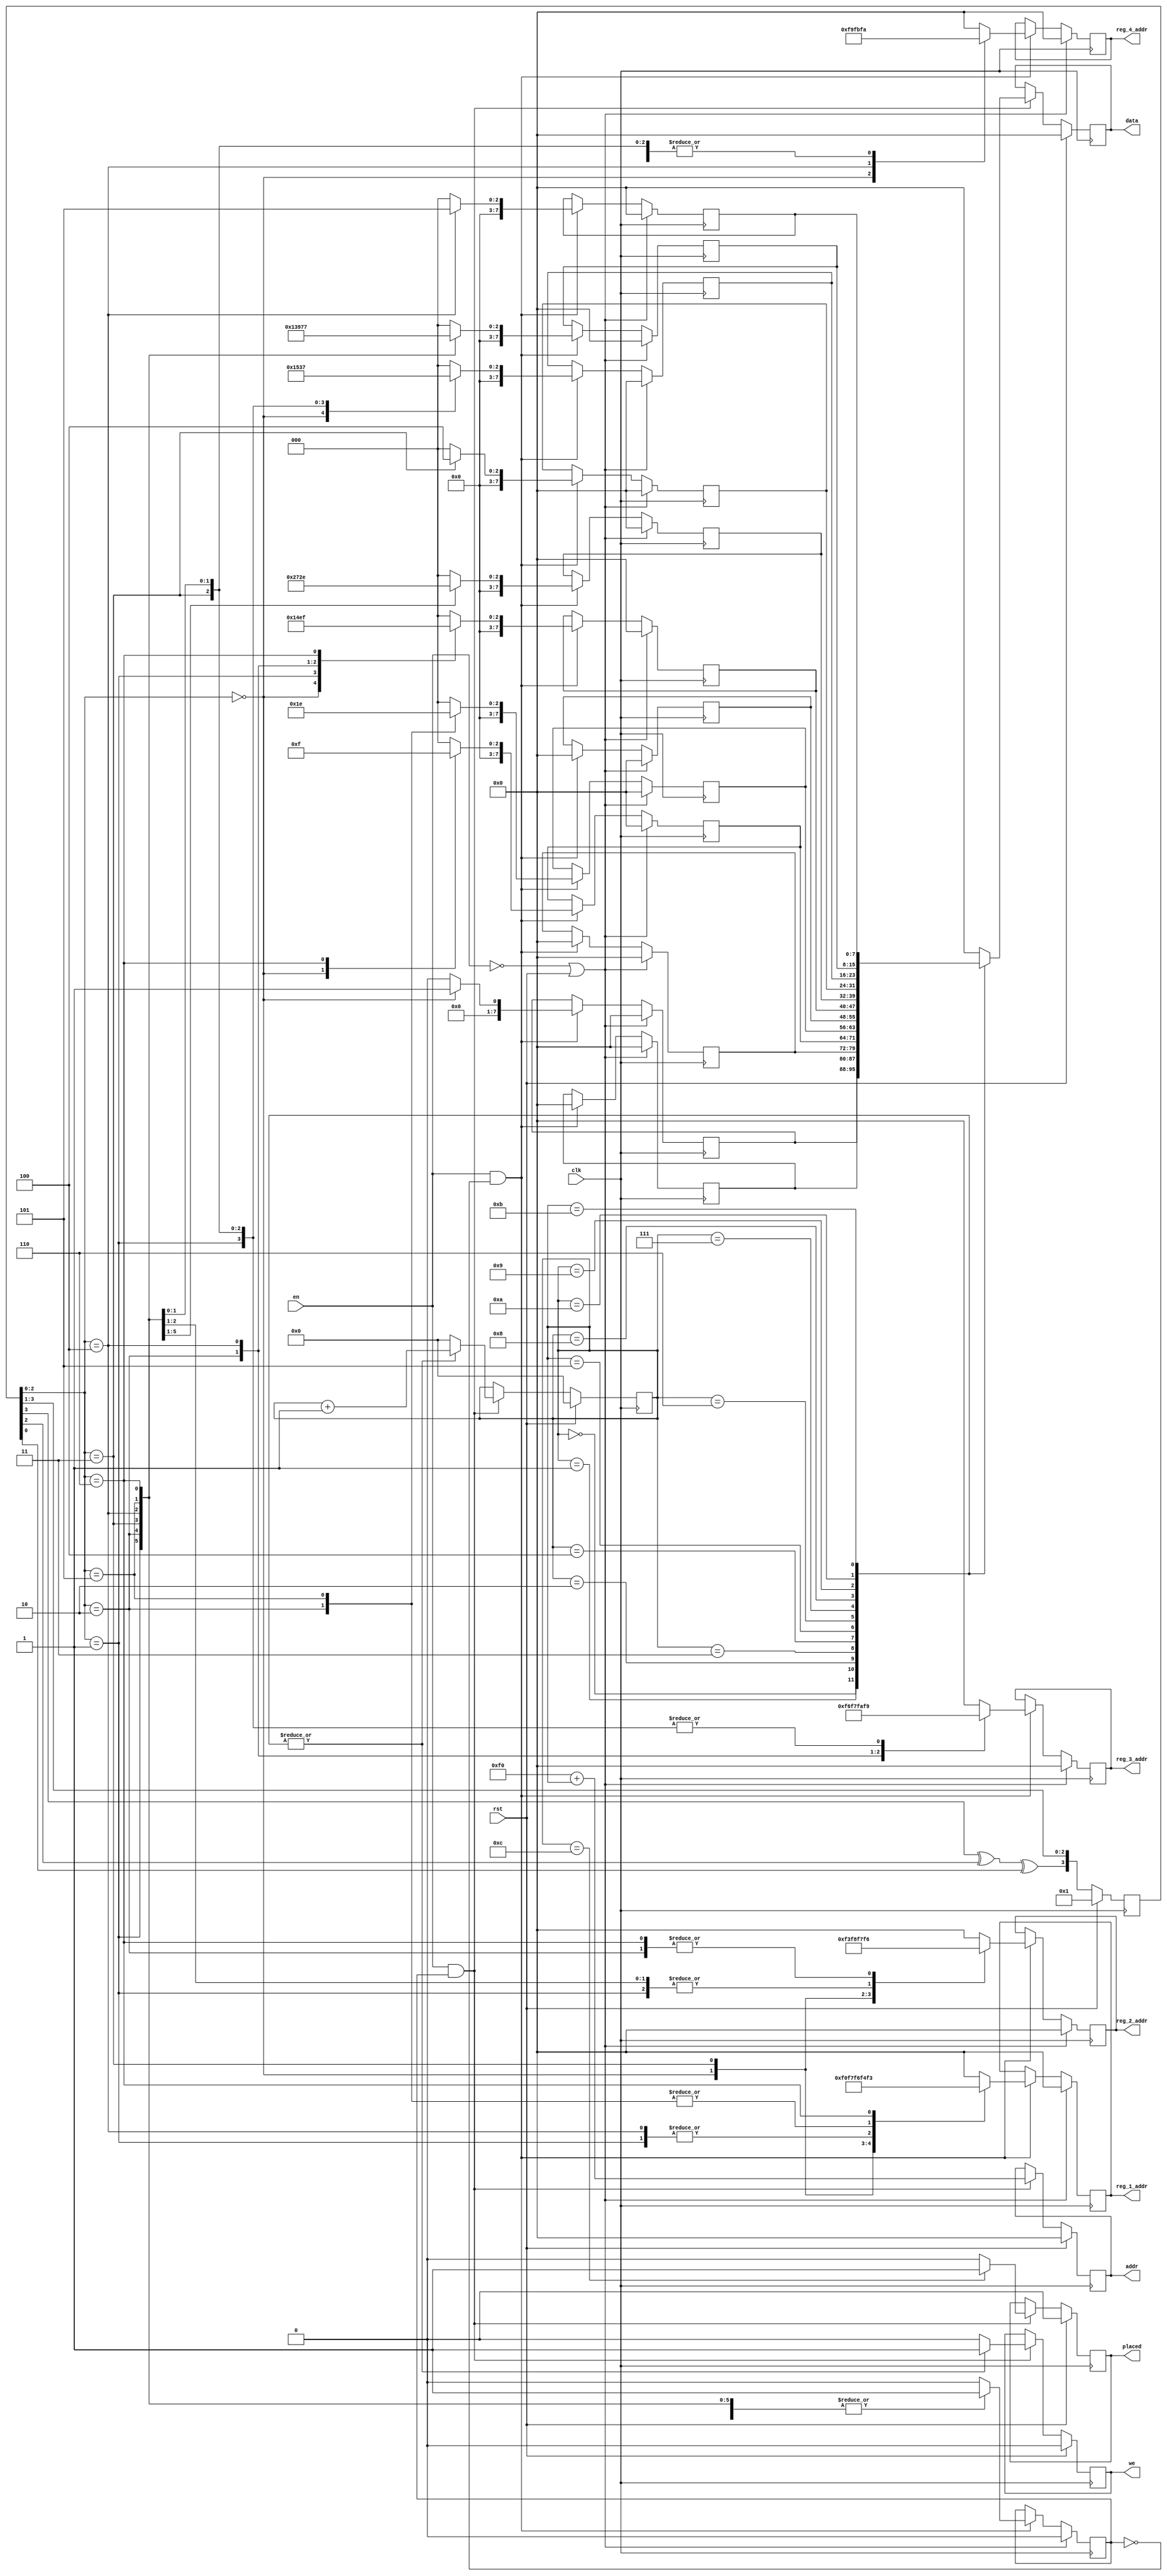
module Piece_Placer(
    input en,
    input clk,
    input rst,
    output reg placed,
    output reg we,
    output reg [7:0] addr,
    output reg [7:0] data,
    output reg [7:0] reg_1_addr,
    output reg [7:0] reg_2_addr,
    output reg [7:0] reg_3_addr,
    output reg [7:0] reg_4_addr
);

parameter NEXT_PIECE_BASE_ADDR = 8'd240;
parameter [2:0] I = 3'd0, O = 3'd1, T = 3'd2, S = 3'd3, Z = 3'd4, J = 3'd5, L = 3'd6;

reg [7:0] block[11:0];
reg [3:0] lfsr;
reg [3:0] box_number;
reg piece_gen;

wire lf;

integer i;

//LFSR Polynomial
assign lf = (lfsr[3] ^ lfsr[2] ^ lfsr[0]);

//LFSR, generates random number once module is disabled
//We never reset this reg to make piece generation appear
//more random (it will always be power on state or last piece
//state (potentially from previous game)
always @(posedge clk)
begin
	if (rst == 1'b1)
	begin
		lfsr <= 4'd1;
	end
	else
	begin
		lfsr <= {lf, lfsr[3], lfsr[2], lfsr[1]};
	end
end

//Write random block into local memory and indicate
//the corresponding grid memory addresses it will
//be found in once the piece is "placed"
always @(posedge clk)
begin
		if (~en || rst)
		begin
    	for (i = 0; i < 12; i = i + 1)
      begin
      	block[i] <= 4'b0;
      end
    		
			reg_1_addr <= 8'b0;
			reg_2_addr <= 8'b0;
			reg_3_addr <= 8'b0;
			reg_4_addr <= 8'b0;
			piece_gen <= 1'b0;
		end
		else if (en && ~piece_gen)
		begin
			case (lfsr[2:0])
   	 	    I:
   	 	    begin
   	 	       block[0]  <= I + 1; 
   	 	       block[1]	 <= 8'b0;
   	 	       block[2]	 <= 8'b0;
   	 	       block[3]  <= I + 1; 
   	 	       block[4]	 <= 8'b0;
   	 	       block[5]	 <= 8'b0;
   	 	       block[6]  <= I + 1; 
   	 	       block[7]	 <= 8'b0;
   	 	       block[8]	 <= 8'b0;
   	 	       block[9]  <= I + 1; 
   	 	       block[10]	 <= 8'b0;
   	 	       block[11]	 <= 8'b0;
   	 	       reg_1_addr <= NEXT_PIECE_BASE_ADDR + 0;
   	 	       reg_2_addr <= NEXT_PIECE_BASE_ADDR + 3;
   	 	       reg_3_addr <= NEXT_PIECE_BASE_ADDR + 6;
   	 	       reg_4_addr <= NEXT_PIECE_BASE_ADDR + 9;
   	 	       piece_gen <= 1'b1;
   	 	    end
   	 	    O:
   	 	    begin
   	 	       block[0]	 <= 8'b0;
   	 	       block[1]	 <= 8'b0;
   	 	       block[2]	 <= 8'b0;
   	 	       block[3]	 <= 8'b0;
   	 	       block[4]	 <= 8'b0;
   	 	       block[5]	 <= 8'b0;
   	 	       block[6]  <= O + 1; 
   	 	       block[7]  <= O + 1; 
   	 	       block[8]	 <= 8'b0;
   	 	       block[9]  <= O + 1; 
   	 	       block[10] <= O + 1; 
   	 	       block[11]	 <= 8'b0;
   	 	       reg_1_addr <= NEXT_PIECE_BASE_ADDR + 6;
   	 	       reg_2_addr <= NEXT_PIECE_BASE_ADDR + 7;
   	 	       reg_3_addr <= NEXT_PIECE_BASE_ADDR + 9;
   	 	       reg_4_addr <= NEXT_PIECE_BASE_ADDR + 10;
   	 	       piece_gen <= 1'b1;
   	 	    end
   	 	    T:
   	 	    begin
   	 	       block[0]	 <= 8'b0;
   	 	       block[1]	 <= 8'b0;
   	 	       block[2]	 <= 8'b0;
   	 	       block[3]	 <= 8'b0;
   	 	       block[4]  <= T + 1; 
   	 	       block[5]	 <= 8'b0;
   	 	       block[6]  <= T + 1; 
   	 	       block[7]  <= T + 1; 
   	 	       block[8]	 <= 8'b0;
   	 	       block[9]	 <= 8'b0;
   	 	       block[10] <= T + 1; 
   	 	       block[11] <= 8'b0;
   	 	       reg_1_addr <= NEXT_PIECE_BASE_ADDR + 4;
   	 	       reg_2_addr <= NEXT_PIECE_BASE_ADDR + 6;
   	 	       reg_3_addr <= NEXT_PIECE_BASE_ADDR + 7;
   	 	       reg_4_addr <= NEXT_PIECE_BASE_ADDR + 10;
   	 	       piece_gen <= 1'b1;
   	 	    end
   	 	    S:
   	 	    begin
   	 	       block[0]	 <= 8'b0;
   	 	       block[1]	 <= 8'b0;
   	 	       block[2]	 <= 8'b0;
   	 	       block[3]	 <= 8'b0;
   	 	       block[4]	 <= 8'b0;
   	 	       block[5]	 <= 8'b0;
   	 	       block[6]	 <= 8'b0;
   	 	       block[7]  <= S + 1; 
   	 	       block[8]  <= S + 1; 
   	 	       block[9]  <= S + 1; 
   	 	       block[10] <= S + 1; 
   	 	       block[11]	 <= 8'b0;
   	 	       reg_1_addr <= NEXT_PIECE_BASE_ADDR + 7;
   	 	       reg_2_addr <= NEXT_PIECE_BASE_ADDR + 8;
   	 	       reg_3_addr <= NEXT_PIECE_BASE_ADDR + 9;
   	 	       reg_4_addr <= NEXT_PIECE_BASE_ADDR + 10;
   	 	       piece_gen <= 1'b1;
   	 	    end
   	 	    Z:
   	 	    begin
   	 	       block[0]	 <= 8'b0;
   	 	       block[1]	 <= 8'b0;
   	 	       block[2]	 <= 8'b0;
   	 	       block[3]	 <= 8'b0;
   	 	       block[4]	 <= 8'b0;
   	 	       block[5]	 <= 8'b0;
   	 	       block[6]  <= Z + 1; 
   	 	       block[7]  <= Z + 1; 
   	 	       block[8]	 <= 8'b0;
   	 	       block[9]	 <= 8'b0;
   	 	       block[10] <= Z + 1; 
   	 	       block[11] <= Z + 1; 
   	 	       reg_1_addr <= NEXT_PIECE_BASE_ADDR + 6;
   	 	       reg_2_addr <= NEXT_PIECE_BASE_ADDR + 7;
   	 	       reg_3_addr <= NEXT_PIECE_BASE_ADDR + 10;
   	 	       reg_4_addr <= NEXT_PIECE_BASE_ADDR + 11;
   	 	       piece_gen <= 1'b1;
   	 	    end
   	 	    J:
   	 	    begin
   	 	       block[0]	 <= 8'b0;
   	 	       block[1]	 <= 8'b0;
   	 	       block[2]	 <= 8'b0;
   	 	       block[3]	 <= 8'b0;
   	 	       block[4]  <= J + 1; 
   	 	       block[5]	 <= 8'b0;
   	 	       block[6]	 <= 8'b0;
   	 	       block[7]  <= J + 1; 
   	 	       block[8]	 <= 8'b0;
   	 	       block[9]  <= J + 1; 
   	 	       block[10] <= J + 1; 
   	 	       block[11]	 <= 8'b0;
   	 	       reg_1_addr <= NEXT_PIECE_BASE_ADDR + 4;
   	 	       reg_2_addr <= NEXT_PIECE_BASE_ADDR + 7;
   	 	       reg_3_addr <= NEXT_PIECE_BASE_ADDR + 9;
   	 	       reg_4_addr <= NEXT_PIECE_BASE_ADDR + 10;
   	 	       piece_gen <= 1'b1;
   	 	    end
   	 	    L:
   	 	    begin
   	 	       block[0]	 <= 8'b0;
   	 	       block[1]	 <= 8'b0;
   	 	       block[2]	 <= 8'b0;
   	 	       block[3]  <= L + 1; 
   	 	       block[4]	 <= 8'b0;
   	 	       block[5]	 <= 8'b0;
   	 	       block[6]  <= L + 1; 
   	 	       block[7]	 <= 8'b0;
   	 	       block[8]	 <= 8'b0;
   	 	       block[9]  <= L + 1; 
   	 	       block[10] <= L + 1; 
   	 	       block[11]	 <= 8'b0;
   	 	       reg_1_addr <= NEXT_PIECE_BASE_ADDR + 3;
   	 	       reg_2_addr <= NEXT_PIECE_BASE_ADDR + 6;
   	 	       reg_3_addr <= NEXT_PIECE_BASE_ADDR + 9;
   	 	       reg_4_addr <= NEXT_PIECE_BASE_ADDR + 10;
   	 	       piece_gen <= 1'b1;
   	 	    end
   	 	    default:    //THIS JUST PLACES AN AIR BLOCK
   	 	    begin
   	 	       block[0]	 <= 8'b0;
   	 	       block[1]	 <= 8'b0;
   	 	       block[2]	 <= 8'b0;
   	 	       block[3]	 <= 8'b0;
   	 	       block[4]	 <= 8'b0;
   	 	       block[5]	 <= 8'b0;
   	 	       block[6]	 <= 8'b0;
   	 	       block[7]	 <= 8'b0;
   	 	       block[8]	 <= 8'b0;
   	 	       block[9]	 <= 8'b0;
   	 	       block[10]	 <= 8'b0;
   	 	       block[11]	 <= 8'b0;
   	 	       reg_1_addr <= 8'b0;
   	 	       reg_2_addr <= 8'b0;
   	 	       reg_3_addr <= 8'b0;
   	 	       reg_4_addr <= 8'b0;
   	 	       piece_gen <= 1'b0;
   	 	    end
			endcase
		end
		else
		begin
   		block[0]	 <= block[0];
   		block[1]	 <= block[1];
   		block[2]	 <= block[2];
   		block[3]	 <= block[3];
   		block[4]	 <= block[4];
   		block[5]	 <= block[5];
   		block[6]	 <= block[6];
   		block[7]	 <= block[7];
   		block[8]	 <= block[8];
   		block[9]	 <= block[9];
   		block[10]	 <= block[10];
   		block[11]	 <= block[11];
   	 	reg_1_addr <= reg_1_addr;
   	 	reg_2_addr <= reg_2_addr;
   	 	reg_3_addr <= reg_3_addr;
   	 	reg_4_addr <= reg_4_addr;
			piece_gen <= piece_gen;
		end
end

//Write the generated piece from local storage into 
//next piece grid memory storage.
always @(posedge clk)
begin
    if (rst)
    begin
        box_number <= 4'b0;
    		placed <= 1'b0;
    		we <= 1'b0;
    		addr <= 8'b0;
    		data <= 8'b0;
    end
    else
    begin
        if (en && piece_gen)
        begin
            addr <= (NEXT_PIECE_BASE_ADDR + box_number);

            case (box_number)
                0:
                begin
                    we <= 1'b1;
                    data <= block[0];
                    box_number <= box_number + 1;
                    placed <= 1'b0;
                end
                1:
                begin
                    we <= 1'b1;
                    data <= block[1];
                    box_number <= box_number + 1;
                    placed <= 1'b0;
                end
                2:
                begin
                    we <= 1'b1;
                    data <= block[2];
                    box_number <= box_number + 1;
                    placed <= 1'b0;
                end
                3:
                begin
                    we <= 1'b1;
                    data <= block[3];
                    box_number <= box_number + 1;
                    placed <= 1'b0;
                end
                4:
                begin
                    we <= 1'b1;
                    data <= block[4];
                    box_number <= box_number + 1;
                    placed <= 1'b0;
                end
                5:
                begin
                    we <= 1'b1;
                    data <= block[5];
                    box_number <= box_number + 1;
                    placed <= 1'b0;
                end
                6:
                begin
                    we <= 1'b1;
                    data <= block[6];
                    box_number <= box_number + 1;
                    placed <= 1'b0;
                end
                7:
                begin
                    we <= 1'b1;
                    data <= block[7];
                    box_number <= box_number + 1;
                    placed <= 1'b0;
                end
                8:
                begin
                    we <= 1'b1;
                    data <= block[8];
                    box_number <= box_number + 1;
                    placed <= 1'b0;
                end
                9:
                begin
                    we <= 1'b1;
                    data <= block[9];
                    box_number <= box_number + 1;
                    placed <= 1'b0;
                end
                10:
                begin
                    we <= 1'b1;
                    data <= block[10];
                    box_number <= box_number + 1;
                    placed <= 1'b0;
                end
                11:
                begin
                    we <= 1'b1;
                    data <= block[11];
                    box_number <= box_number + 1;
                    placed <= 1'b0;
                end
                12: //Not an actual box, just a dummy state to reset signals and the state machine
                begin
                    we <= 1'b0; 
                    data <= 8'b0;
                    box_number <= 4'd0;
                    placed <= 1'b1;
                end
                default:
                begin
                    we <= 1'b0; 
                    data <= 8'b0;
                    box_number <= 4'd0;
                    placed <= 1'b0;
                end
            endcase
        end
        else
        begin
        	addr <= addr;
        	we <= we;
        	data <= data;
        	box_number <= box_number;
        	placed <= placed;
        end
    end
end

endmodule